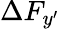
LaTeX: \Delta F_{y^{\prime}}